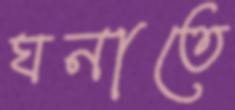
ঘনাতে